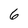
Character: 6